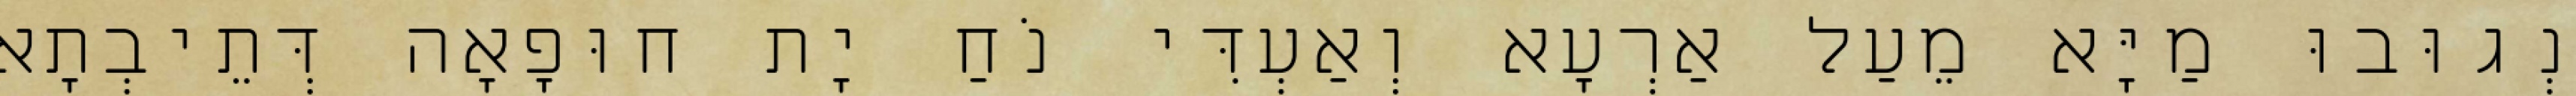
נְגוּבוּ מַיָּא מֵעַל אַרְעָא וְאַעְדִּי נֹחַ יָת חוּפָאָה דְּתֵיבְתָא